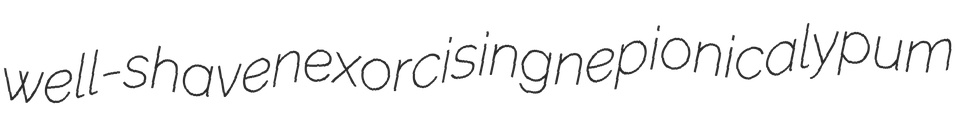
well-shaven exorcising nepionic alypum